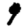
Digit: 9